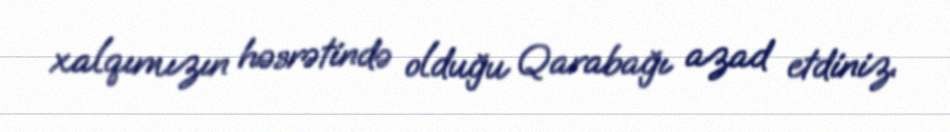
xalqımızın həsrətində olduğu Qarabağı azad etdiniz.